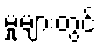
မှုများတွင်